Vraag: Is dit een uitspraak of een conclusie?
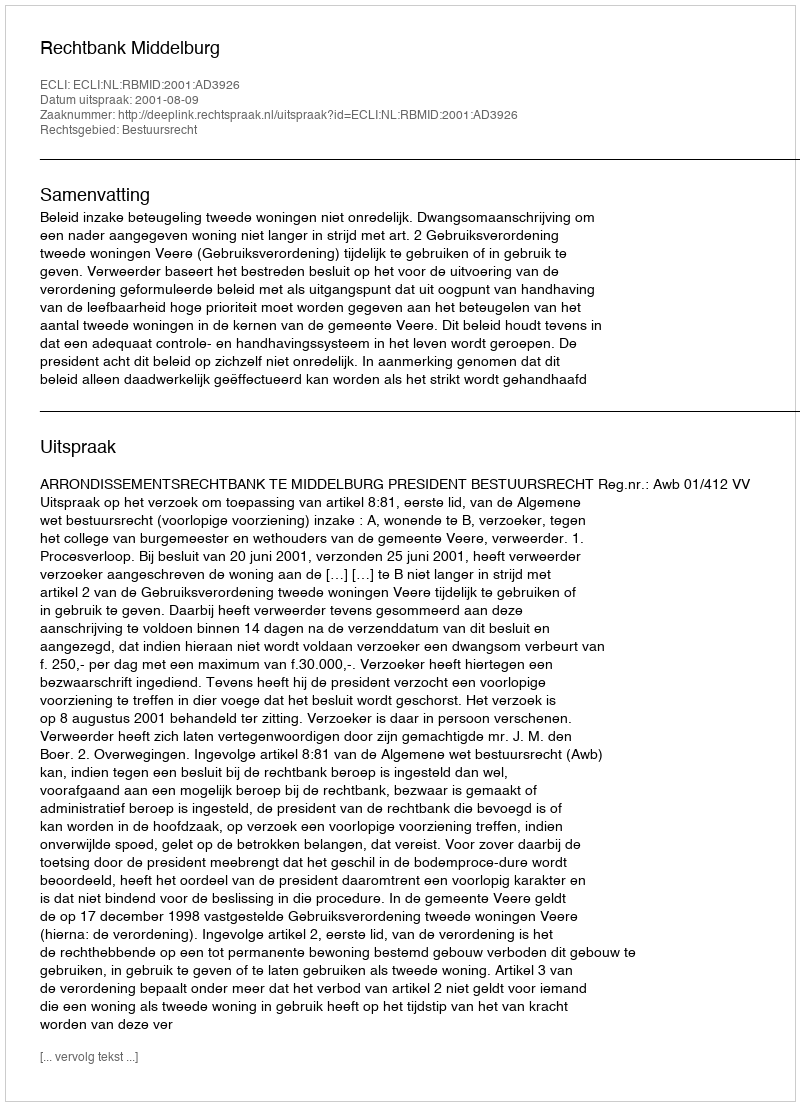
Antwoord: Uitspraak